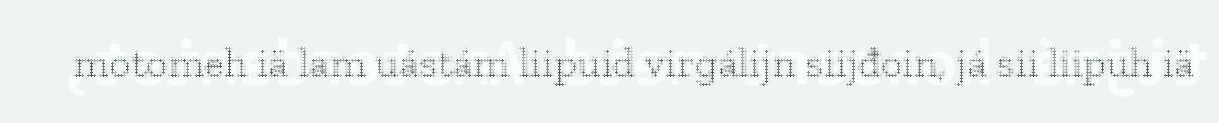
motomeh iä lam uástám liipuid virgálijn siijđoin, já sii liipuh iä